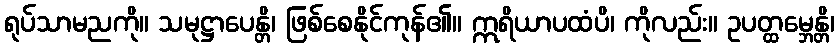
ရုပ်သာမညကို။ သမုဋ္ဌာပေန္တိ၊ ဖြစ်စေနိုင်ကုန်၏။ ဣရိယာပထံပိ၊ ကိုလည်း။ ဥပတ္ထမ္ဘေန္တိ၊